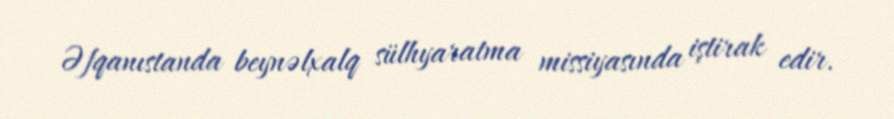
Əfqanıstanda beynəlxalq sülhyaratma missiyasında iştirak edir.